system: You are a helpful assistant.
user:
Analyze the provided spectrum to determine if it is a **M-type Giant (gM)**.

A M-type Giant spectrum is defined by its **strong molecular absorption** features, particularly from **Titanium Oxide (TiO)**. You must check for one of the following mutually exclusive signatures:

- **Key Visual Indicators (Absorption-Dominated Spectrum):**

    - **(Primary):** The spectrum is dominated by strong molecular absorption from **Titanium Oxide (TiO)**. This is the **defining feature** of its M-type temperature class.
        - **(Key Bandheads):** Look for sharp, "saw-tooth" absorption valleys. The strongest are located near **~7050 Å**, **~6160 Å**, and **~5170 Å**.
        - **(Line Profile):** The "saw-tooth" morphology is critical: a **sharp, steep drop on the BLUE (short-wavelength) side** of the bandhead, followed by a gradual recovery (rising flux) towards the RED (long-wavelength) side.

    - **(Key Confirmation - Giant vs. Dwarf):** **ABSENCE** of strong **Calcium Hydride (CaH)** molecular bands. This is the primary diagnostic for *excluding* M-dwarfs.
        - **(Key Region):** The spectrum should lack the strong, broad absorption band seen in dwarfs between **~6800 Å and ~7000 Å**.

    - **(Secondary Confirmation - Giant):** A very strong and broad **Neutral Calcium (Ca I)** atomic absorption line.
        - **(Key Line):** Located at **~4226 Å**. In a giant (gM), this line is significantly deeper and broader than the same line in an M-dwarf (dM) due to low surface gravity.

    - **(Overall Spectrum):**
        - The continuum is **extremely red-sloping** (i.e., flux is very low in the blue and rises dramatically towards the red).
        - The entire spectrum appears "chopped up" by the deep TiO bands.

Think first, call **spectral_visualization_tool** if needed to examine features in detail, then provide your final answer. Your response must adhere to the following strict rules:
1.  **Overall Structure:** Your response must follow the format `<think>...</think> <tool_call>...</tool_call> (if a tool is used) <answer>...</answer>`.
2.  **Tool Usage Constraint:** You may only make **one** tool call per turn.
3.  **Final Answer Format:** In the `<answer>` tag, your conclusion must be inside a `\boxed{}` command (e.g., `\boxed{YES}` or `\boxed{NO}`), followed by your justification.

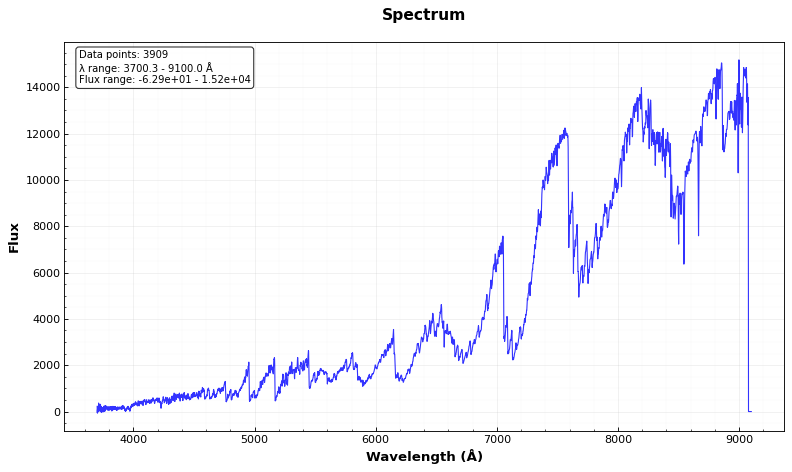
Answer: YES